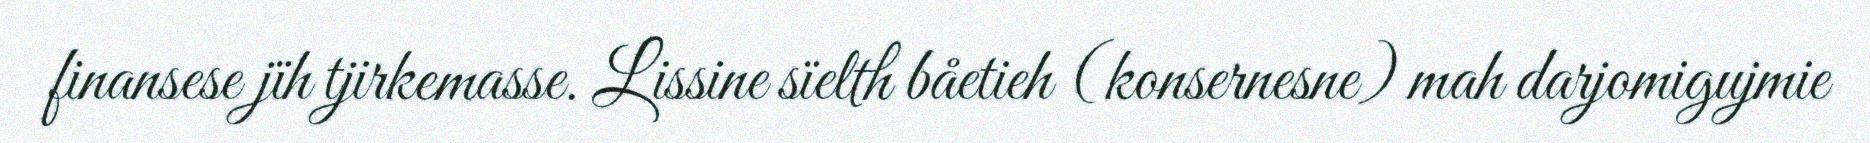
finansese jïh tjirkemasse. Lissine sïelth båetieh (konsernesne) mah darjomigujmie